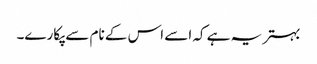
بہتر یہ ہے کہ اسے اس کے نام سے پکارے۔